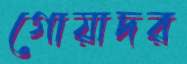
গোয়াদর